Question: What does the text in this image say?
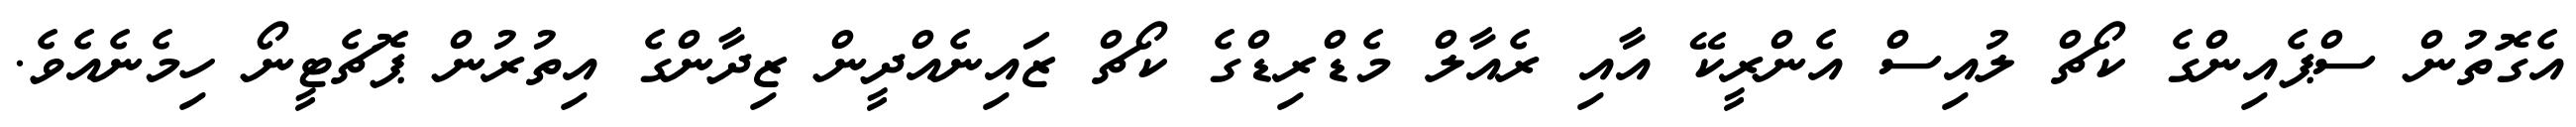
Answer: އެގޮތުން ސްޕެއިންގެ ކޯޗް ލުއިސް އެންރީކޭ އާއި ރެއާލް މެޑްރިޑްގެ ކޯޗް ޒައިނެއްދީން ޒިދާންގެ އިތުރުން ޕޮޗެޓީނޯ ހިމެނެއެވެ.